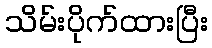
သိမ်းပိုက်ထားပြီး